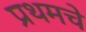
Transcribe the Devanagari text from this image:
प्रथमचे